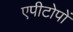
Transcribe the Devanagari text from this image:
एपीटोपों